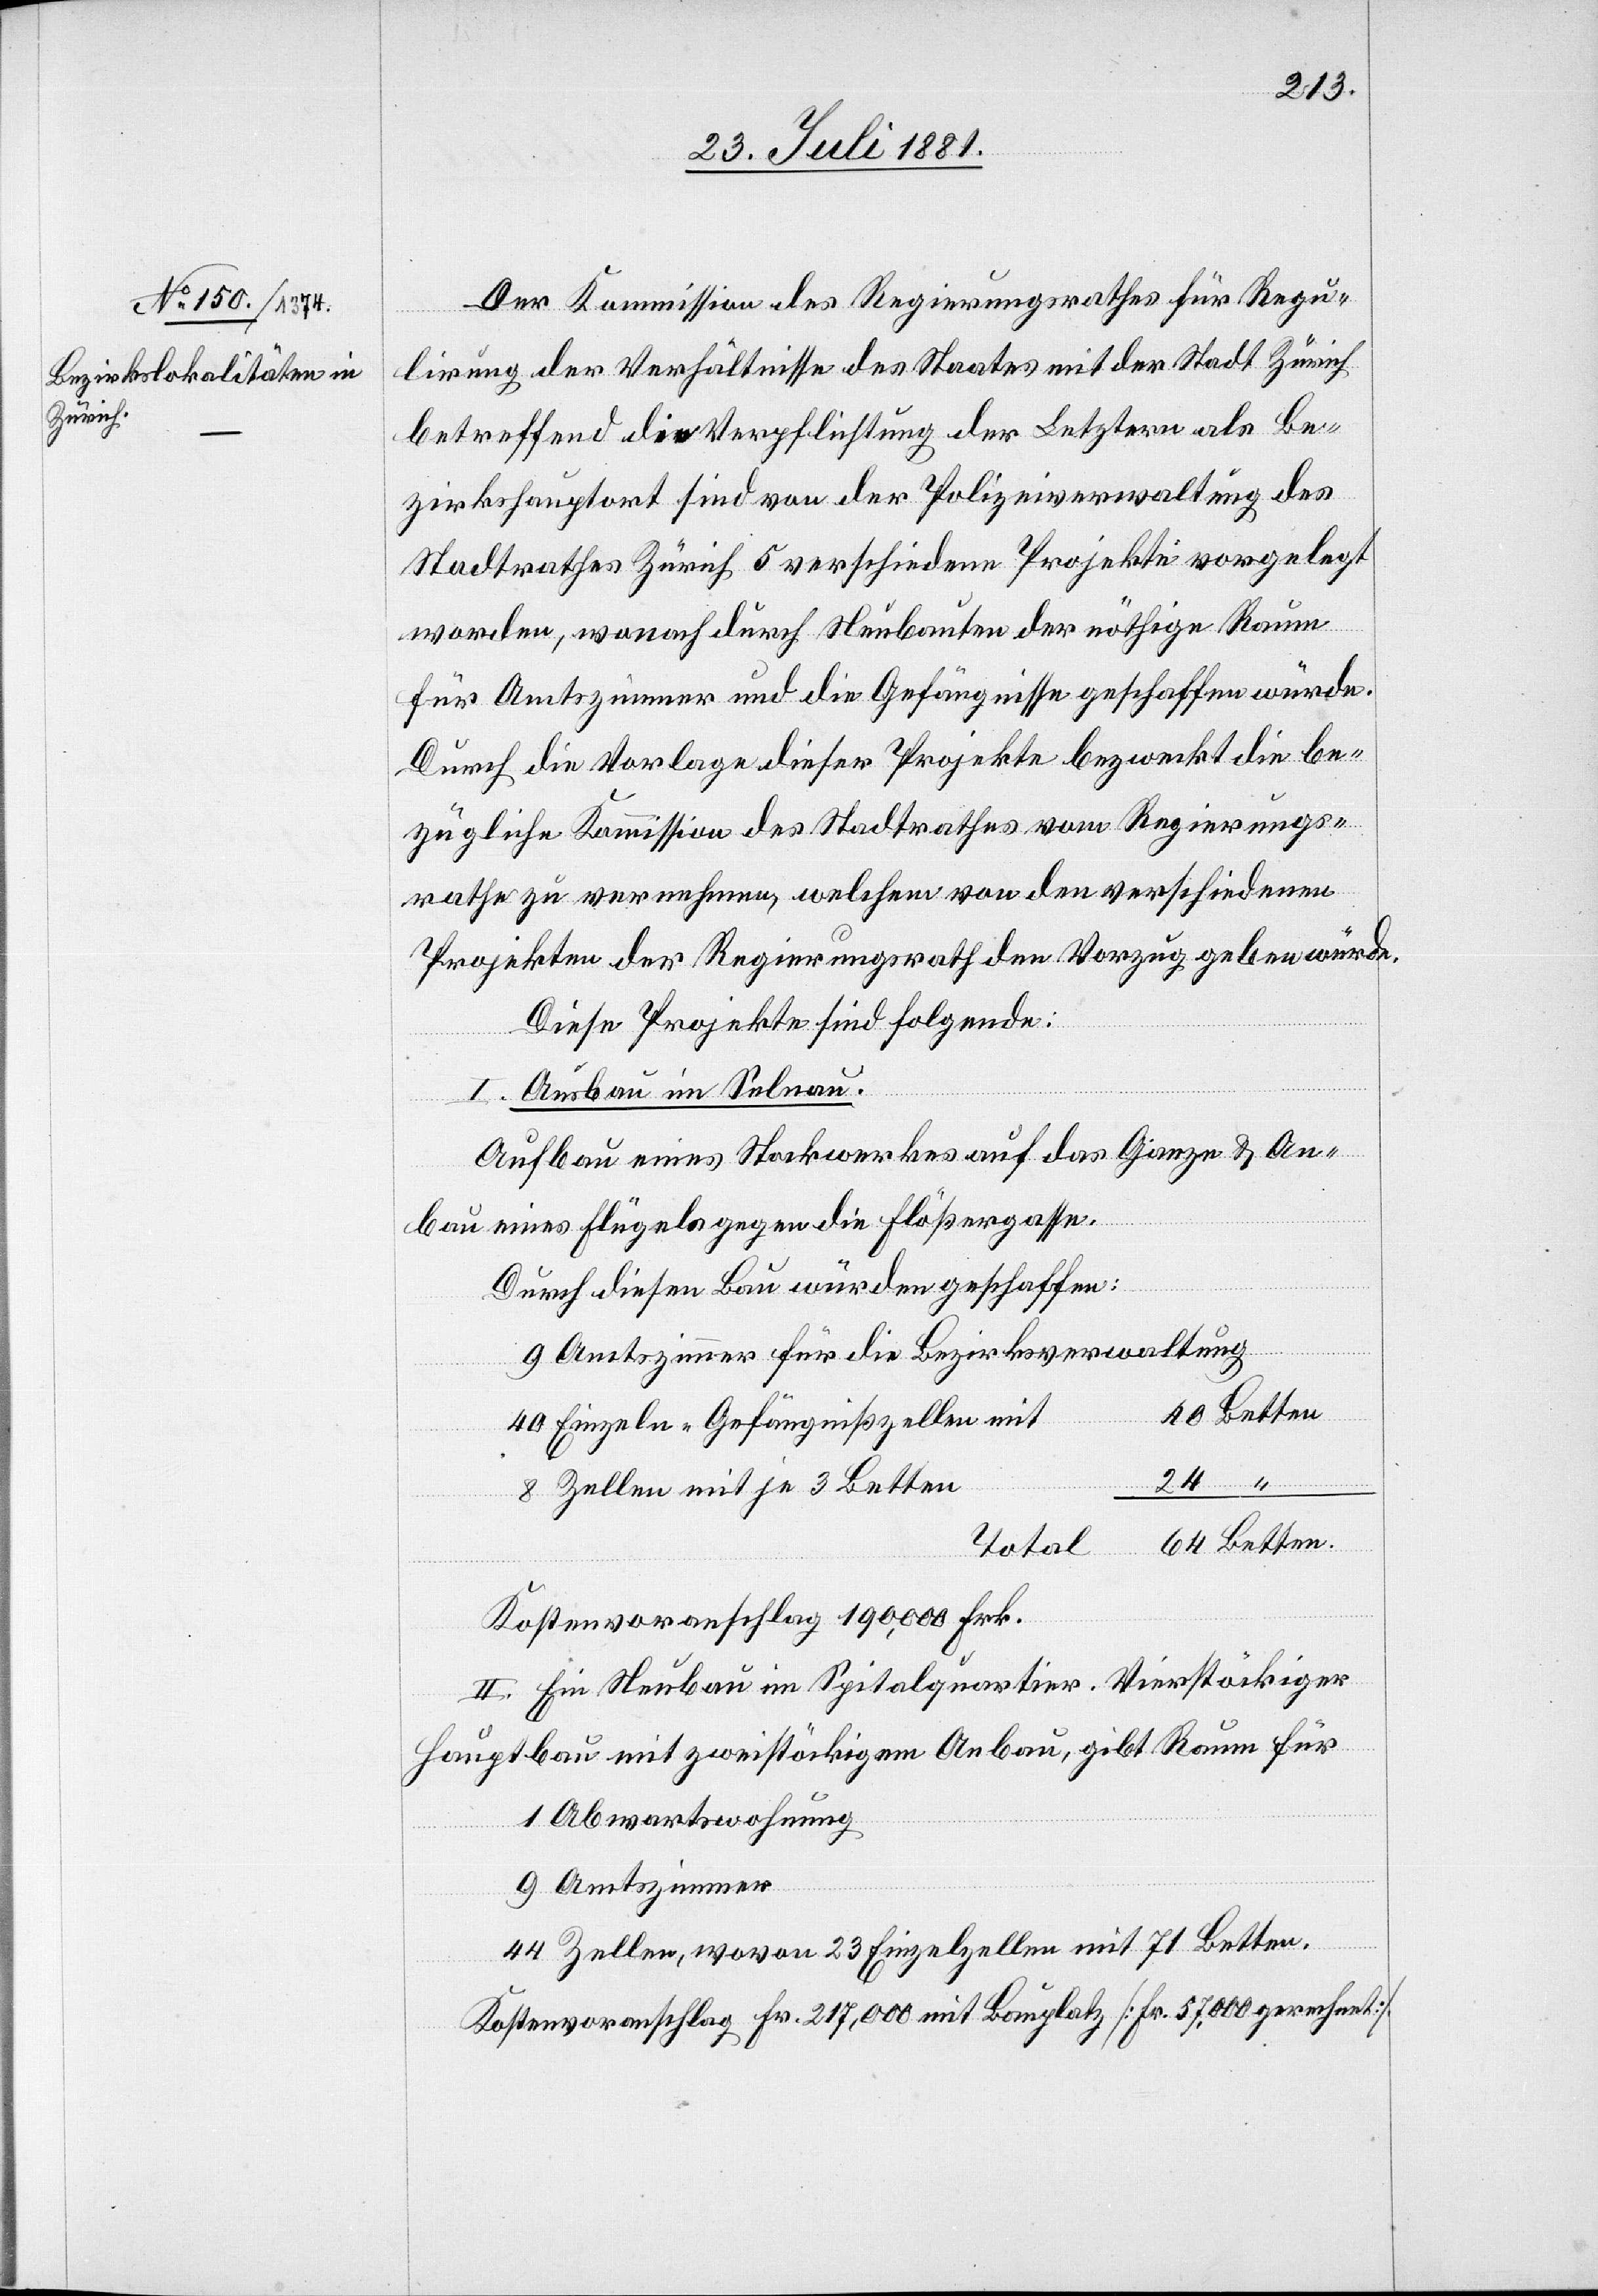
Der Kommission der Regierungsrathes für Regu¬
lirung der Verhältnisse des Staates mit der Stadt Zürich
betreffend die Verpflichtung der Letztern als Be¬
zirkshauptort sind von der Polizeiverwaltung des
Stadtrathes Zürich 5 verschiedene Projekte vorgelegt
worden, wonach durch Neubauten der nöthige Raum
für Amtszimmer und die Gefängnisse geschaffen würde.
Durch die Vorlage dieser Projekte bezweckt die be¬
zügliche Kommission des Stadtrathes vom Regierungs¬
rathe zu vernehmen, welchem von den verschiedenen
Projekten der Regierungsrath den Vorzug geben würde.
Diese Projekte sind folgende:
I. Ausbau im Selnau.
Aufbau eines Stockwerkes auf das Ganze & An¬
bau eines Flügels gegen die Flößergasse.
Durch diesen Bau würden geschaffen:
Amtszimmer für die Bezirksverwaltung
Einzeln-Gefängnißzellen mit
Zellen mit je 3 Betten
24
Total
64
Kostenvoranschlag 190,000 Frk.
II. Ein Neubau im Spitalquartier. Vierstöckiger
Hauptbau mit zweistöckigem Anbau, gibt Raum für
Abwartswohnung
Amtszimmer
Zellen, wovon 23 Einzelzellen mit 71 Betten.
Kostenvoranschlag Fr. 217,000 mit Bauplatz [Fr. 57,000 gerechnet]